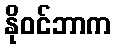
နိုဝင်ဘာက